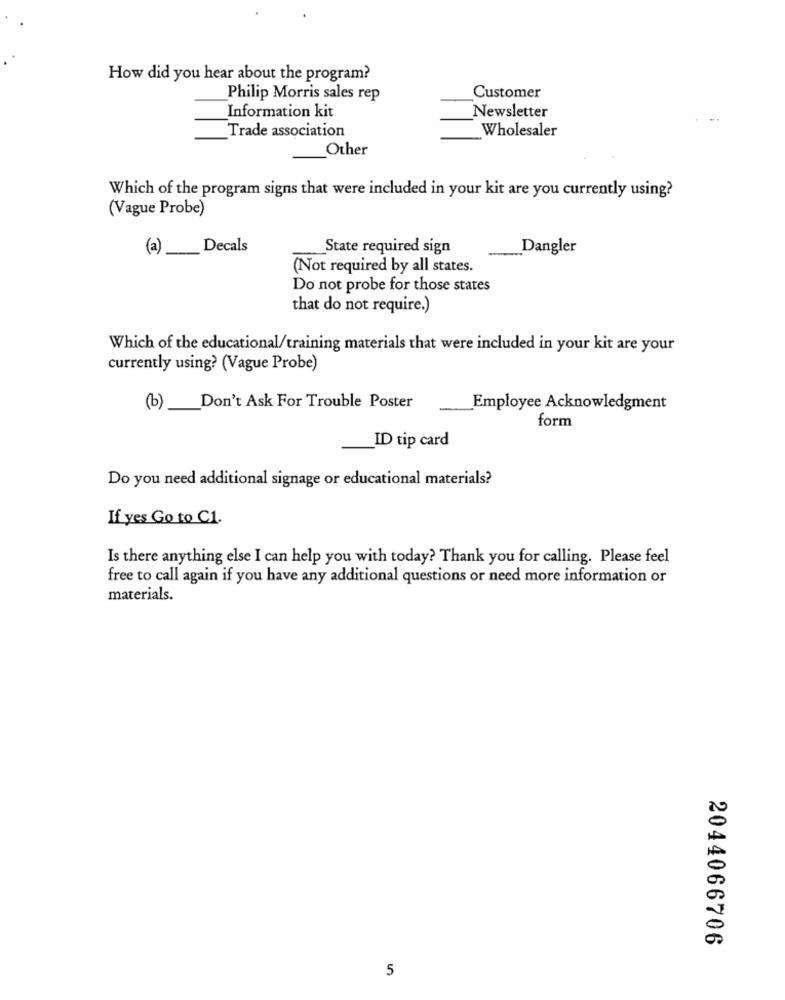
How did you hear about the program?
Philip Morris sales rep
Customer
Information kit
Newsletter
Trade association
Wholesaler
Other
Which of the program signs that were included in your kit are you currently using?
(Vague Probe)
(a) __ Decals
State required sign
Dangler
(Not required by all states.
Do not probe for those states
that do not require.)
Which of the educational/training materials that were included in your kit are your
currently using? (Vague Probe)
(b) Don't Ask For Trouble Poster
Employee Acknowledgment
form
ID tip card
Do you need additional signage or educational materials?
If yes Go to C1.
Is there anything else I can help you with today? Thank you for calling. Please feel
free to call again if you have any additional questions or need more information or
materials.
2044066706
5